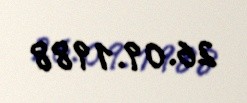
26.09.1988